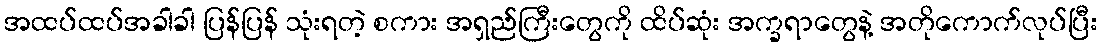
အထပ်ထပ်အခါခါ ပြန်ပြန် သုံးရတဲ့ စကား အရှည်ကြီးတွေကို ထိပ်ဆုံး အက္ခရာတွေနဲ့ အတိုကောက်လုပ်ပြီး